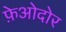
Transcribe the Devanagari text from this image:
फ़ेओदोर